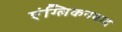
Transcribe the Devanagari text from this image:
एंग्लिकनवाद